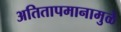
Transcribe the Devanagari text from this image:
अतितापमानामुळे